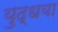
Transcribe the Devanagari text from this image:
युद्धया